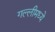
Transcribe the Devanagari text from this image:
गल्लीमध्ये